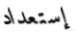
إستعداد